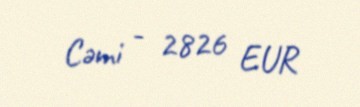
Cəmi - 2826 EUR